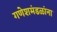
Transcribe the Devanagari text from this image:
गणेशमंडळांना